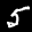
Label: 5